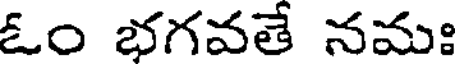
ఓం భగవతే నమః